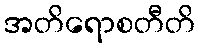
အတိရောစတီတိ